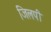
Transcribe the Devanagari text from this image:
जिलपी